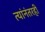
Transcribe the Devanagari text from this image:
त्यांनंतरही